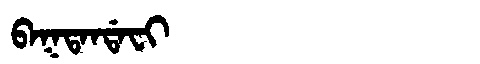
Manchu: ᠪᠠᡴᡨᠠᠨᡩᠠᠸᡳ
Romanization: BAKTANDAFI